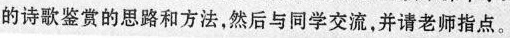
的诗歌鉴赏的思路和方法，然后与同学交流，并请老师指点。